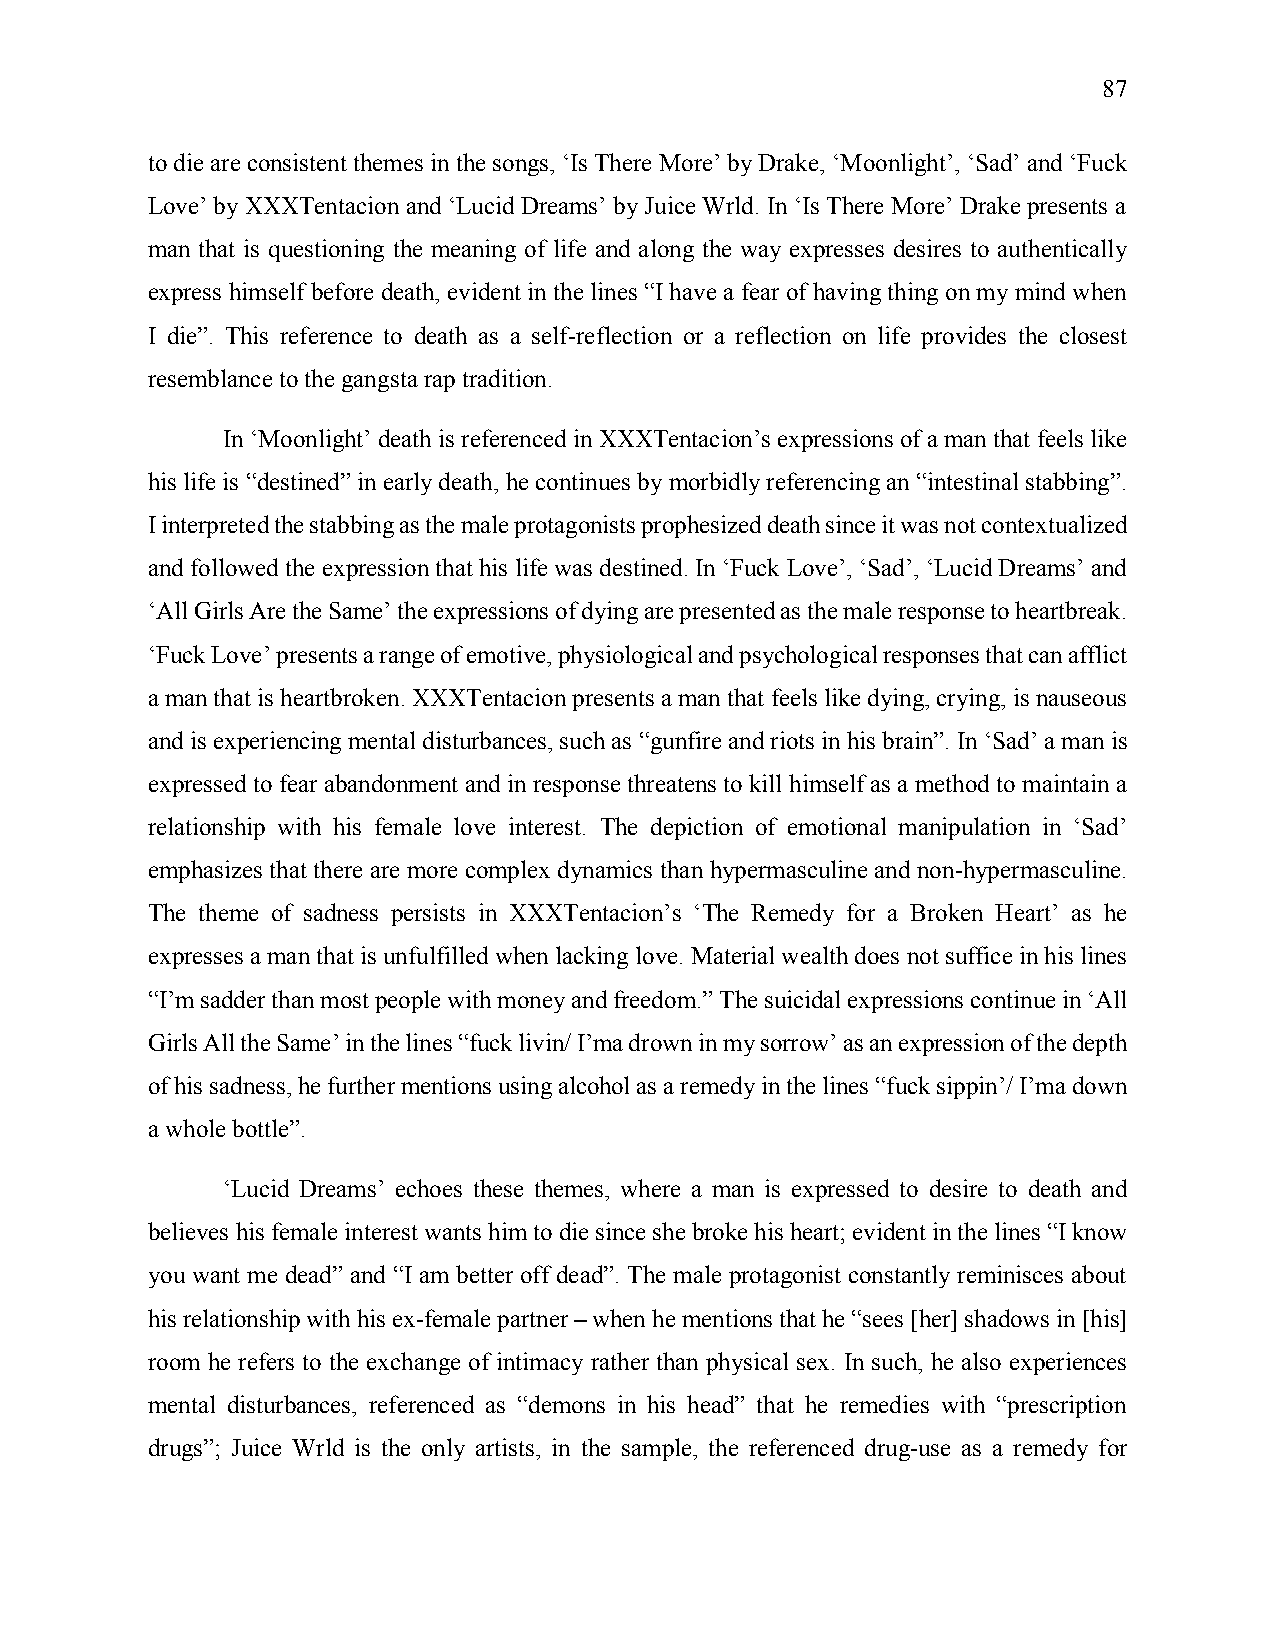
87
 to die are consistent themes in the songs, ‘Is There More’ by Drake, ‘Moonlight’, ‘Sad’ and ‘Fuck
 Love’ by XXXTentacion and ‘Lucid Dreams’ by Juice Wrld. In ‘Is There More’ Drake presents a
 man that is questioning the meaning of life and along the way expresses desires to authentically
 express himself before death, evident in the lines “I have a fear of having thing on my mind when
 I die”. This reference to death as a self-reflection or a reflection on life provides the closest
 resemblance to the gangsta rap tradition.
 In ‘Moonlight’ death is referenced in XXXTentacion’s expressions of a man that feels like
 his life is “destined” in early death, he continues by morbidly referencing an “intestinal stabbing”.
 I interpreted the stabbing as the male protagonists prophesized death since it was not contextualized
 and followed the expression that his life was destined. In ‘Fuck Love’, ‘Sad’, ‘Lucid Dreams’ and
 ‘All Girls Are the Same’ the expressions of dying are presented as the male response to heartbreak.
 ‘Fuck Love’ presents a range of emotive, physiological and psychological responses that can afflict
 a man that is heartbroken. XXXTentacion presents a man that feels like dying, crying, is nauseous
 and is experiencing mental disturbances, such as “gunfire and riots in his brain”. In ‘Sad’ a man is
 expressed to fear abandonment and in response threatens to kill himself as a method to maintain a
 relationship with his female love interest. The depiction of emotional manipulation in ‘Sad’
 emphasizes that there are more complex dynamics than hypermasculine and non-hypermasculine.
 The theme of sadness persists in XXXTentacion’s ‘The Remedy for a Broken Heart’ as he
 expresses a man that is unfulfilled when lacking love. Material wealth does not suffice in his lines
 “I’m sadder than most people with money and freedom.” The suicidal expressions continue in ‘All
 Girls All the Same’ in the lines “fuck livin/ I’ma drown in my sorrow’ as an expression of the depth
 of his sadness, he further mentions using alcohol as a remedy in the lines “fuck sippin’/ I’ma down
 a whole bottle”.
 ‘Lucid Dreams’ echoes these themes, where a man is expressed to desire to death and
 believes his female interest wants him to die since she broke his heart; evident in the lines “I know
 you want me dead” and “I am better off dead”. The male protagonist constantly reminisces about
 his relationship with his ex-female partner – when he mentions that he “sees [her] shadows in [his]
 room he refers to the exchange of intimacy rather than physical sex. In such, he also experiences
 mental disturbances, referenced as “demons in his head” that he remedies with “prescription
 drugs”; Juice Wrld is the only artists, in the sample, the referenced drug-use as a remedy for